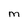
Character: M